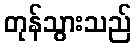
တုန်သွားသည်